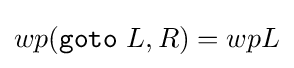
wp({\texttt {goto}}\ L,R)=wpL